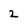
Character: 2